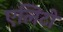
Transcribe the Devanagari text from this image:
एलिटो